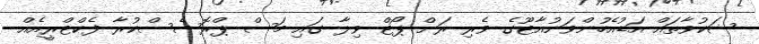
ޝަކުވާތައް އަޑުއެހުންވަނުއާޓޫގެ ވެރި ރަށް ޕޯޓް ވިލާ ގައި މަސް ޕްރޮސެސްކުރާ ފެކްޓްރީއެއް